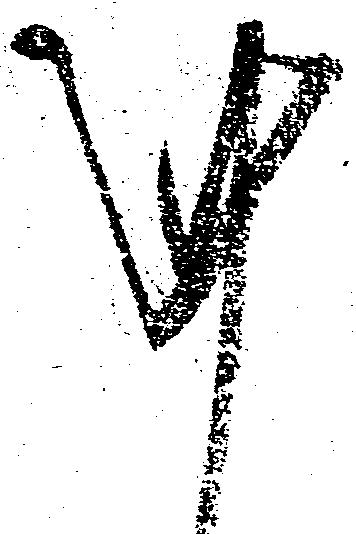
謹